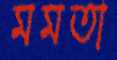
মমতা